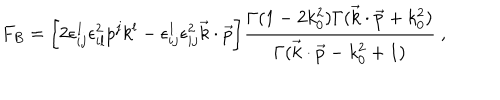
LaTeX: F _ { B } = \bigg [ 2 \epsilon _ { i j } ^ { 1 } \epsilon _ { i l } ^ { 2 } p ^ { j } k ^ { l } - \epsilon _ { i j } ^ { 1 } \epsilon _ { i j } ^ { 2 } \vec { k } \cdot \vec { p } \bigg ] { \frac { \Gamma ( 1 - 2 k _ { 0 } ^ { 2 } ) \Gamma ( \vec { k } \cdot \vec { p } + k _ { 0 } ^ { 2 } ) } { \Gamma ( \vec { k } \cdot \vec { p } - k _ { 0 } ^ { 2 } + 1 ) } } \ ,